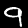
Digit: 9